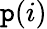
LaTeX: \mathtt{p}(i)